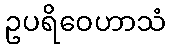
ဥပရိဝေဟာသံ